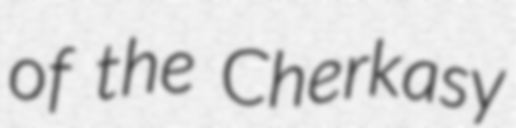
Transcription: of the Cherkasy